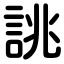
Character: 誂